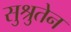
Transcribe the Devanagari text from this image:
सुश्रुतेन